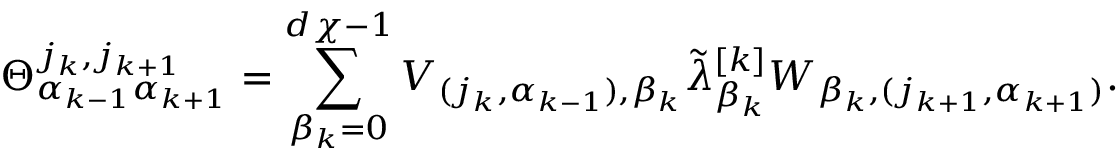
\Theta _ { \alpha _ { k - 1 } \alpha _ { k + 1 } } ^ { j _ { k } , j _ { k + 1 } } = \sum _ { \beta _ { k } = 0 } ^ { d \chi - 1 } V _ { ( j _ { k } , \alpha _ { k - 1 } ) , \beta _ { k } } \Tilde { \lambda } _ { \beta _ { k } } ^ { [ k ] } W _ { \beta _ { k } , ( j _ { k + 1 } , \alpha _ { k + 1 } ) } .